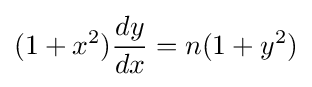
(1+x^{2}){\frac {dy}{dx}}=n(1+y^{2})